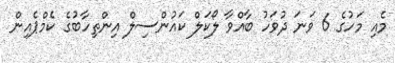
މެއި މަހުގެ 6 ވަނަ ދުވަހު ބާއްވާ ލޯކަލް ކައުންސިލް އިންތިހާބުގެ ކެމްޕެއިން